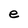
Character: e